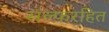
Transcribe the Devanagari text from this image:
सल्फरहित